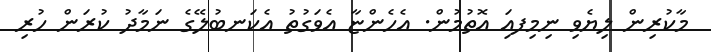
މާކުރިން ލިޔެވި ނިމިފއަި އޮތުމުން. އެހެންޏާ އެވަގުތު އެކަނބުލޭގެ ނަމާދު ކުރަން ހުރި